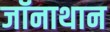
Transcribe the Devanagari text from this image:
जॉनाथान